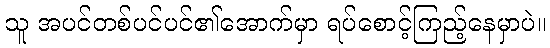
သူ အပင်တစ်ပင်ပင်၏အောက်မှာ ရပ်စောင့်ကြည့်နေမှာပဲ။